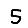
Digit: 5